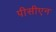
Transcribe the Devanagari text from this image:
पीसीएन